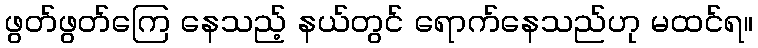
ဖွတ်ဖွတ်ကြေ နေသည့် နယ်တွင် ရောက်နေသည်ဟု မထင်ရ။